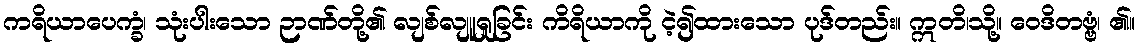
ကရိယာပေက္ခံ၊ သုံးပါးသော ဉာဏ်တို့၏ လျစ်လျူရှုခြင်း ကိရိယာကို ငဲ့၍ထားသော ပုဒ်တည်း။ ဣတိ၊သို့။ ဝေဒိတဗ္ဗံ၊ ၏။